Report on the working of the mental hospitals for Indians in Bihar and Orissa - 1925-1929
Year: 1925
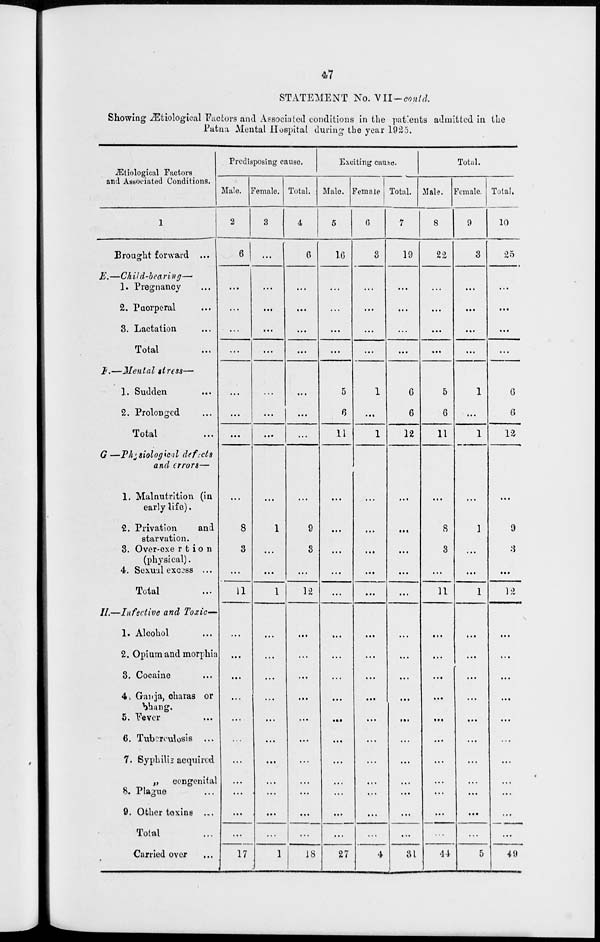
47
STATEMENT No. VII—contd.
Showing Ætiological Factors and Associated conditions in the patients admitted in the
Patna Mental Hospital during the year 1925.
Ætiological Factors
and Associated Conditions.
1
Brought forward ...
E.—Child-bearing—
1. Pregnancy ...
2. Puerperal ...
3. Lactation ...
Total ...
F.—Mental stress—
1. Sudden ...
2. Prolonged ...
Total ...
G.—Physiological defects
and errors—
1. Malnutrition (in
early life).
2. Privation
and
starvation.
3. Over-exertion
(physical).
4. Sexual excess ...
Total ...
II.—Infective and Toxic—
1. Alcohol ...
2. Opium and morphia
3. Cocaine ...
4. Ganja, charas or
bhang.
5. Fever ...
6. Tuberculosis ...
7. Syphilis acquired
„
congenital
8. Plague ...
9. Other toxins ...
Total ...
Carried over ...
Predisposing cause.
Male.
2
6
...
...
...
...
...
...
...
...
8
3
...
11
...
...
...
...
...
...
...
...
...
...
...
17
Female.
3
...
...
...
...
...
...
...
...
...
1
...
...
1
...
...
...
...
...
...
...
...
...
...
...
1
Total.
4
6
...
...
...
...
...
...
...
...
9
3
...
12
...
...
...
...
...
...
...
...
...
...
...
18
Exciting cause.
Male.
5
16
...
...
...
...
5
6
11
...
...
...
...
...
...
...
...
...
...
...
...
...
...
...
...
27
Female.
6
3
...
...
...
...
1
...
1
...
...
...
...
...
...
...
...
...
...
...
...
...
...
...
...
4
Total.
7
19
...
...
...
...
6
6
12
...
...
...
...
...
...
...
...
...
...
...
...
...
...
...
...
31
Total.
Male.
8
22
...
...
...
...
5
6
11
...
8
3
...
11
...
...
...
...
...
...
...
...
...
...
...
44
Female.
9
3
...
...
...
...
1
...
1
...
1
...
...
1
...
...
...
...
...
...
...
...
...
...
...
5
Total.
10
25
...
...
...
...
6
6
12
...
9
3
...
12
...
...
...
...
...
...
...
...
...
...
...
49